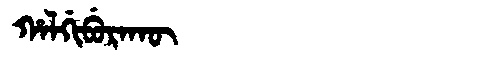
Manchu: ᡥᠠᠯᡤᡳᠪᡠᡵᠠᡴᡡ
Romanization: HALGIBURAKŪ